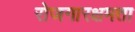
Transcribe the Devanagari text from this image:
रोजगारक्षमता